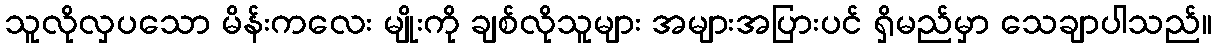
သူလိုလှပသော မိန်းကလေး မျိုးကို ချစ်လိုသူများ အများအပြားပင် ရှိမည်မှာ သေချာပါသည်။